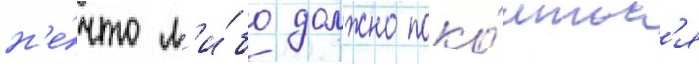
н'е́что л'и́бо должно поко́итьс'я